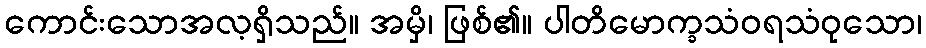
ကောင်းသောအလ့ရှိသည်။ အမှိ၊ ဖြစ်၏။ ပါတိမောက္ခသံဝရသံဝုသော၊